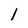
Character: l